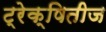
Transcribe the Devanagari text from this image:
ट्रेक्षितीज